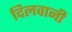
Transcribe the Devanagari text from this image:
दिलवानी